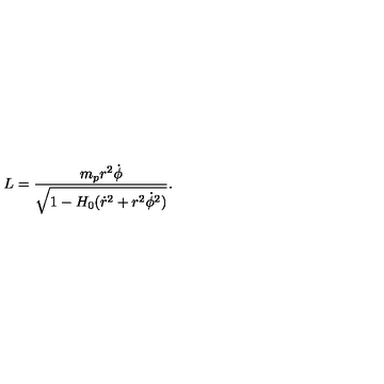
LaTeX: L = \frac { m _ { p } r ^ { 2 } \dot { \phi } } { \sqrt { 1 - H _ { 0 } ( \dot { r } ^ { 2 } + r ^ { 2 } \dot { \phi } ^ { 2 } ) } } .